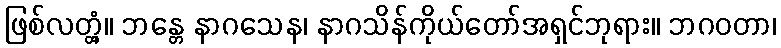
ဖြစ်လတ္တံ့။ ဘန္တေ နာဂသေန၊ နာဂသိန်ကိုယ်တော်အရှင်ဘုရား။ ဘဂဝတာ၊